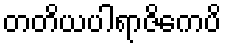
တတိယပါရာဇိကေပိ